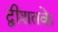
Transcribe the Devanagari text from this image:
द्वीशतके